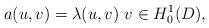
LaTeX: \begin{align*}a(u,v)=\lambda(u,v)~v\in H^1_0(D),\end{align*}